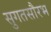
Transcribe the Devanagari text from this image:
सुगतसौरभ